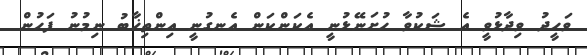
ވަހީދު ވިދާޅުވީ އެ ޝަކުވާ ހުށަނޭޅުނީ އެކަންކަން އެނގުނީ އިންތިޚާބު ނިމުނު ފަހުން